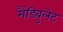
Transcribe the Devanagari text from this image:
मैंडिबुलेट